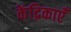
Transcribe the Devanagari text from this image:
केंद्रिकाएँ